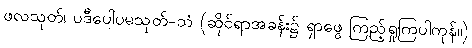
ဖလသုတ်၊ ပဒီပေါပမသုတ်-သံ (ဆိုင်ရာအခန်း၌ ရှာဖွေ ကြည့်ရှုကြပါကုန်။)